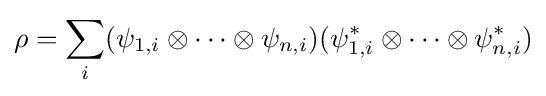
\rho =\sum _{i}(\psi _{1,i}\otimes \cdots \otimes \psi _{n,i})(\psi _{1,i}^{*}\otimes \cdots \otimes \psi _{n,i}^{*})